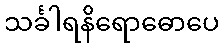
သင်္ခါရနိရောဓောပေ